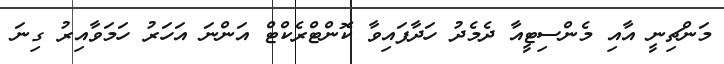
މަންޗިނީ އާއި މެންސިޓީއާ ދެމެދު ހަދާފައިވާ ކޮންޓްރެކްޓް އަންނަ އަހަރު ހަމަވާއިރު ގިނަ